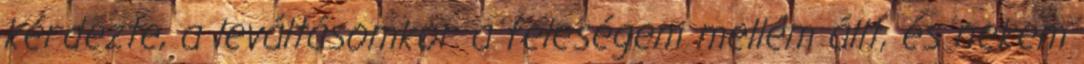
kérdezte, a leváltásomkor a feleségem mellém állt, és nekem